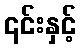
၎င်းနှင့်